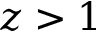
z > 1